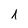
Character: 1